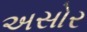
અસોર